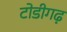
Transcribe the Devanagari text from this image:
टोडीगढ़